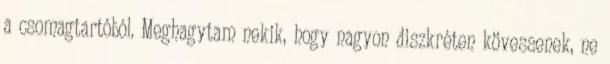
a csomagtartóból. Meghagytam nekik, hogy nagyon diszkréten kövessenek, ne